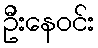
ဦးနေဝင်း